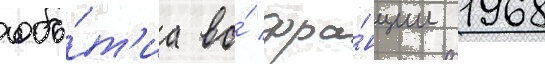
собы́т'иа во́ фра́нции 1968